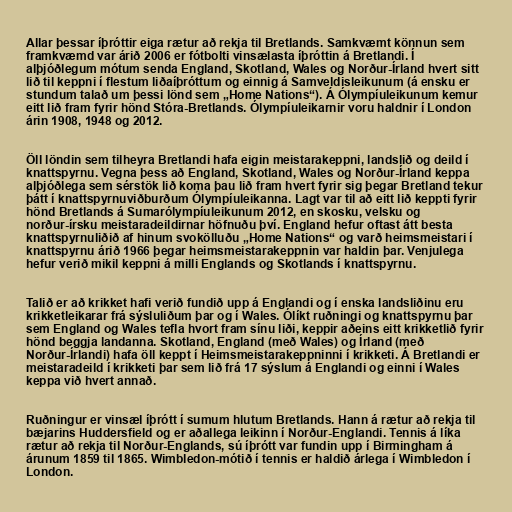
Allar þessar íþróttir eiga rætur að rekja til Bretlands. Samkvæmt könnun sem
framkvæmd var árið 2006 er fótbolti vinsælasta íþróttin á Bretlandi. Í
alþjóðlegum mótum senda England, Skotland, Wales og Norður-Írland hvert sitt
lið til keppni í flestum liðaíþróttum og einnig á Samveldisleikunum (á ensku er
stundum talað um þessi lönd sem „Home Nations“). Á Ólympíuleikunum kemur
eitt lið fram fyrir hönd Stóra-Bretlands. Ólympíuleikarnir voru haldnir í London
árin 1908, 1948 og 2012.

Öll löndin sem tilheyra Bretlandi hafa eigin meistarakeppni, landslið og deild í
knattspyrnu. Vegna þess að England, Skotland, Wales og Norður-Írland keppa
alþjóðlega sem sérstök lið koma þau lið fram hvert fyrir sig þegar Bretland tekur
þátt í knattspyrnuviðburðum Ólympíuleikanna. Lagt var til að eitt lið keppti fyrir
hönd Bretlands á Sumarólympíuleikunum 2012, en skosku, velsku og
norður-írsku meistaradeildirnar höfnuðu því. England hefur oftast átt besta
knattspyrnuliðið af hinum svokölluðu „Home Nations“ og varð heimsmeistari í
knattspyrnu árið 1966 þegar heimsmeistarakeppnin var haldin þar. Venjulega
hefur verið mikil keppni á milli Englands og Skotlands í knattspyrnu.

Talið er að krikket hafi verið fundið upp á Englandi og í enska landsliðinu eru
krikketleikarar frá sýsluliðum þar og í Wales. Ólíkt ruðningi og knattspyrnu þar
sem England og Wales tefla hvort fram sínu liði, keppir aðeins eitt krikketlið fyrir
hönd beggja landanna. Skotland, England (með Wales) og Írland (með
Norður-Írlandi) hafa öll keppt í Heimsmeistarakeppninni í krikketi. Á Bretlandi er
meistaradeild í krikketi þar sem lið frá 17 sýslum á Englandi og einni í Wales
keppa við hvert annað.

Ruðningur er vinsæl íþrótt í sumum hlutum Bretlands. Hann á rætur að rekja til
bæjarins Huddersfield og er aðallega leikinn í Norður-Englandi. Tennis á líka
rætur að rekja til Norður-Englands, sú íþrótt var fundin upp í Birmingham á
árunum 1859 til 1865. Wimbledon-mótið í tennis er haldið árlega í Wimbledon í
London.